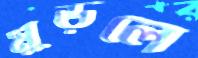
মুড়লে